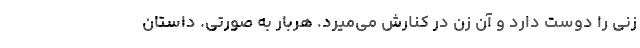
زنی را دوست دارد و آن زن در کنارش می‌میرد. هربار به صورتی. داستان